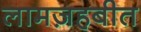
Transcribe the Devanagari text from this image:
लामज़हबीत